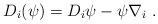
LaTeX: \begin{align*}D_i(\psi)=D_i \psi -\psi \nabla_i~.\end{align*}